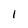
Character: 1